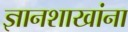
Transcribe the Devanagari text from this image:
ज्ञानशाखांना